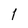
Character: l